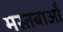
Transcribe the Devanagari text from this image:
मस्तबाओं